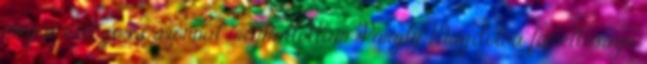
meg a csengő és azonnal meghallottam Purgly Magdolna főméltóságú